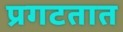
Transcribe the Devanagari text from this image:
प्रगटतात